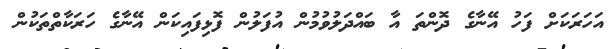
އަހަރަކަށް ފަހު އޭނާގެ ދޮންތަ އާ ބައްދަލުވުމުން އުފަލުން ފޮޅިފައިކަން އޭނާގެ ހަރަކާތްތަކުން